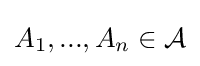
A_{1},...,A_{n}\in {\mathcal {A}}